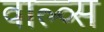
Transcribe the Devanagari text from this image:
वाल्व्स